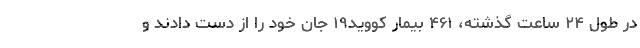
در طول ۲۴ ساعت گذشته، ۴۶۱ بیمار کووید۱۹ جان خود را از دست دادند و